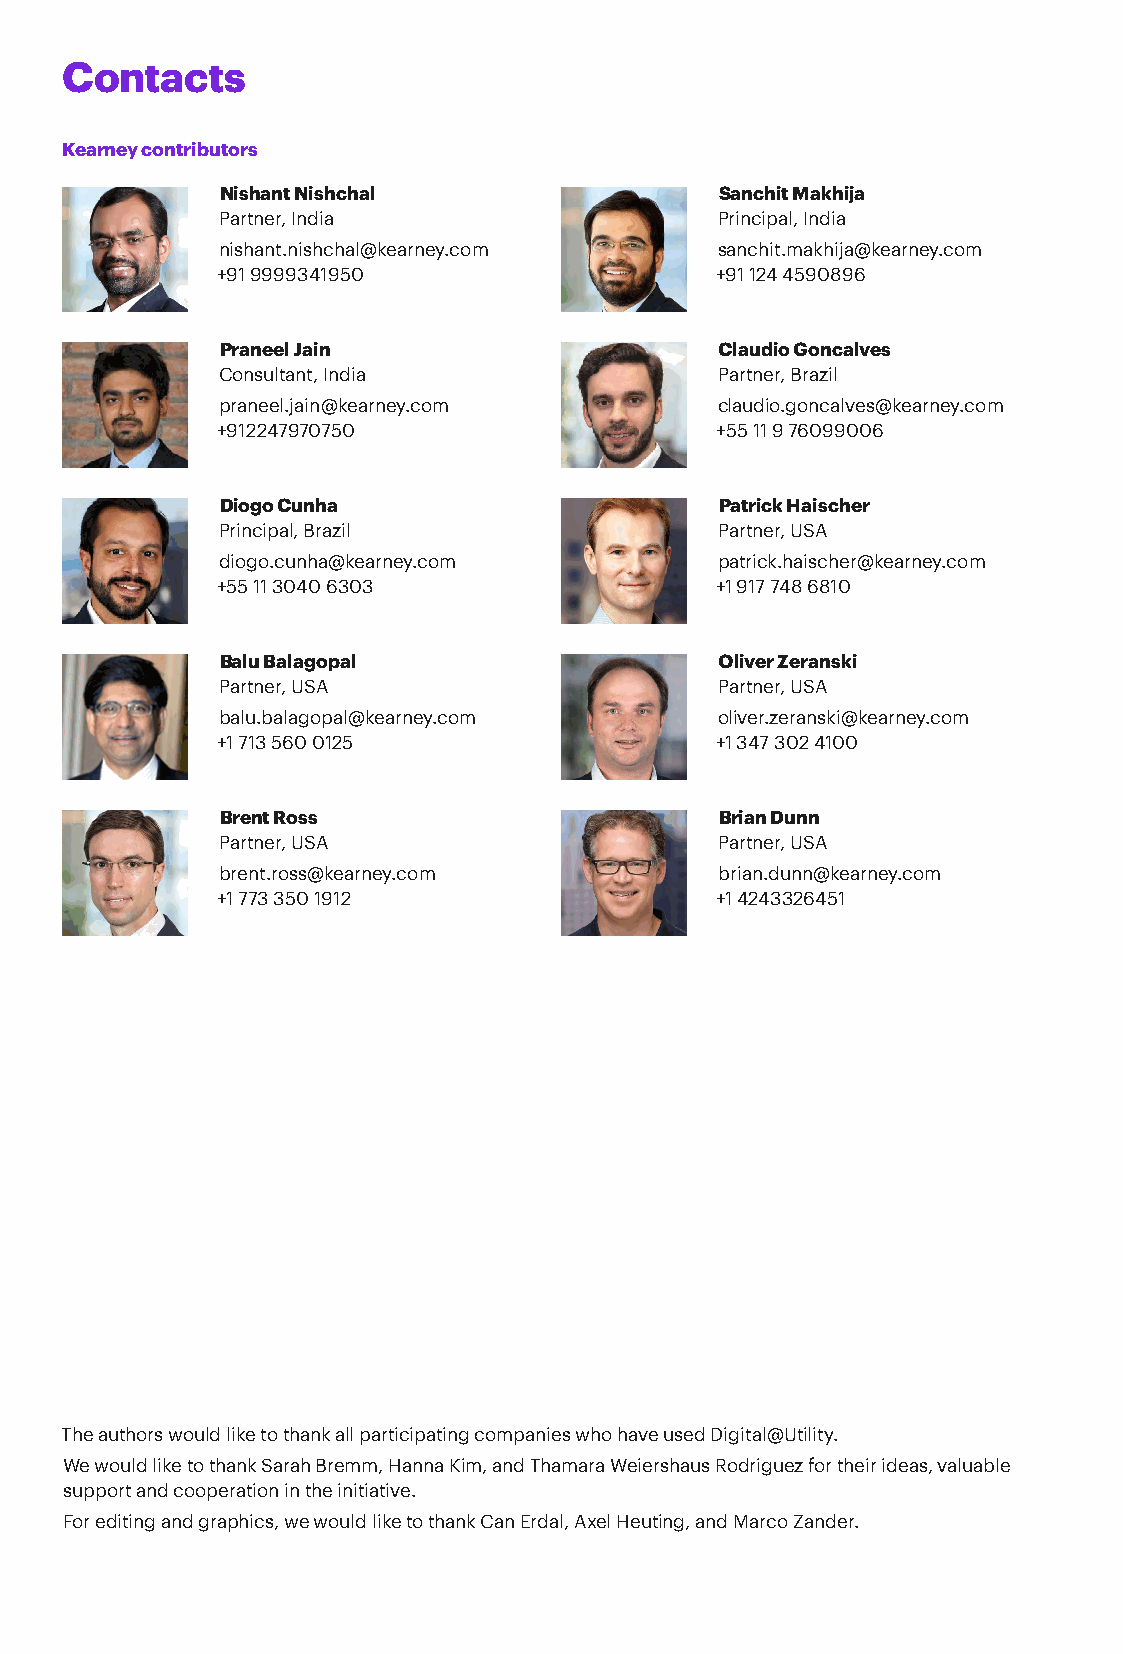
Contacts
 Kearney contributors
 Nishant Nishchal                 Sanchit Makhija
 Partner, India                    Principal, India
 nishant.nishchal@kearney.com     sanchit.makhija@kearney.com
 +91 9999341950                   +91 124 4590896
 Praneel Jain                     Claudio Goncalves
 Consultant, India                 Partner, Brazil
 praneel.jain@kearney.com         claudio.goncalves@kearney.com
 +912247970750                    +55 11 9 76099006
 Diogo Cunha                      Patrick Haischer
 Principal, Brazil                 Partner, USA
 diogo.cunha@kearney.com           patrick.haischer@kearney.com
 +55 11 3040 6303                 +1 917 748 6810
 Balu Balagopal                   Oliver Zeranski
 Partner, USA                      Partner, USA
 balu.balagopal@kearney.com      oliver.zeranski@kearney.com
 +1 713 560 0125                  +1 347 302 4100
 Brent Ross                       Brian Dunn
 Partner, USA                      Partner, USA
 brent.ross@kearney.com           brian.dunn@kearney.com
 +1 773 350 1912                  +1 4243326451
 The authors would like to thank all participating companies who have used Digital@Utility.
 We would like to thank Sarah Bremm, Hanna Kim, and Thamara Weiershaus Rodriguez for their ideas, valuable
 support and cooperation in the initiative.
 For editing and graphics, we would like to thank Can Erdal, Axel Heuting, and Marco Zander.